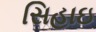
સિહાઇ